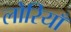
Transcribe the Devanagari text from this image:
लोरियाँ